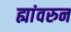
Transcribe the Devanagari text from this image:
ह्यांवरुन